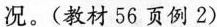
况。(教材56页例2)